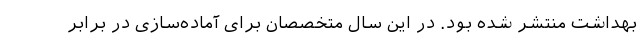
بهداشت منتشر شده بود. در این سال متخصصان برای آماده‌سازی در برابر